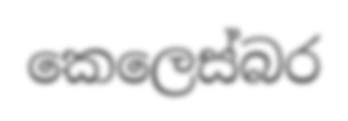
කෙලෙස්බර